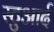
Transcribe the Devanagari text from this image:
स्टुआर्द